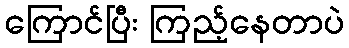
ကြောင်ပြီး ကြည့်နေတာပဲ